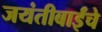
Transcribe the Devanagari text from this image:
जयंतीबाईंचे